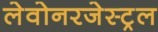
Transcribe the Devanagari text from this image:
लेवोनरजेस्ट्रल